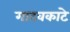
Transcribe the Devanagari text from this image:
गाटवकाटे